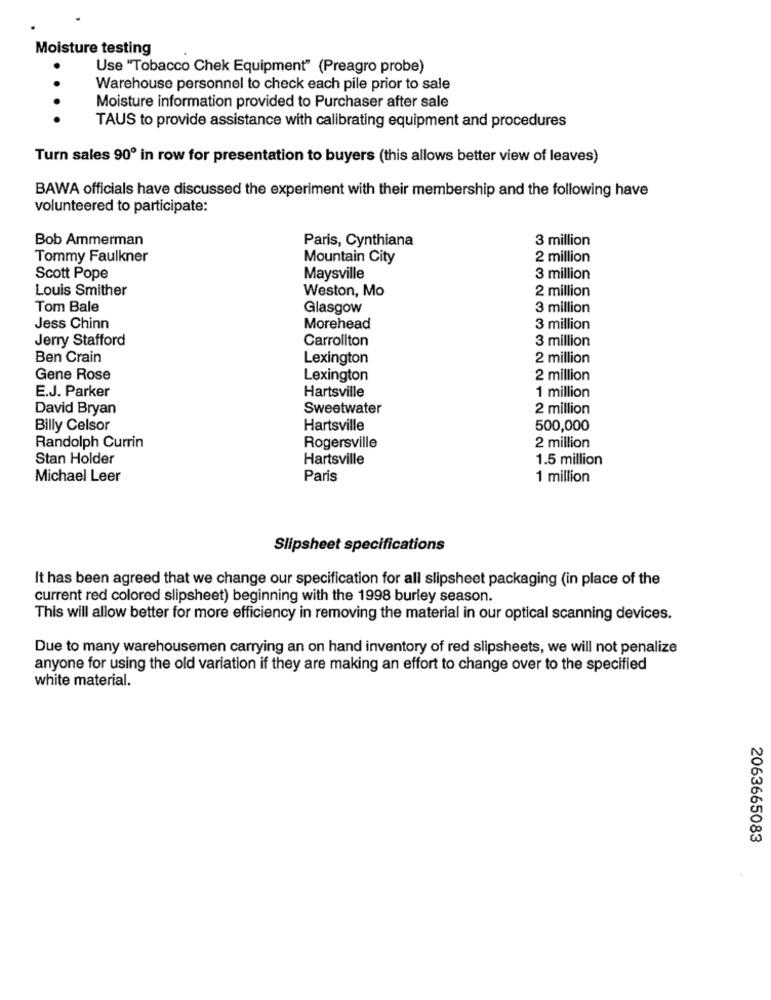
Moisture testing
Use "Tobacco Chek Equipment" (Preagro probe)
Warehouse personnel to check each pile prior to sale
Moisture information provided to Purchaser after sale
TAUS to provide assistance with calibrating equipment and procedures
Turn sales 90º in row for presentation to buyers (this allows better view of leaves)
BAWA officials have discussed the experiment with their membership and the following have
volunteered to participate:
Bob Ammerman
Paris, Cynthiana
3 million
Tommy Faulkner
Mountain City
2 million
Scott Pope
Maysville
3 million
Louis Smither
Weston, Mo
2 million
Tom Bale
Glasgow
3 million
Jess Chinn
Morehead
3 million
Jerry Stafford
Carrollton
3 million
Ben Crain
Lexington
2 million
Gene Rose
Lexington
2 million
E.J. Parker
Hartsville
1 million
David Bryan
Sweetwater
2 million
Billy Celsor
Hartsville
500,000
Randolph Currin
Rogersville
2 million
Stan Holder
Hartsville
1.5 million
Michael Leer
Paris
1 million
Slipsheet specifications
It has been agreed that we change our specification for all slipsheet packaging (in place of the
current red colored slipsheet) beginning with the 1998 burley season.
This will allow better for more efficiency in removing the material in our optical scanning devices.
Due to many warehousemen carrying an on hand inventory of red slipsheets, we will not penalize
anyone for using the old variation if they are making an effort to change over to the specified
white material.
2063665083